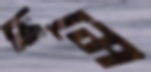
ছমে